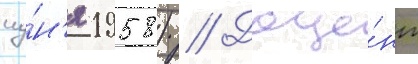
иу́н'я 1958) // Доце́нт